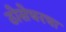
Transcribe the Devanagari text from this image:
ठोसेघरचा